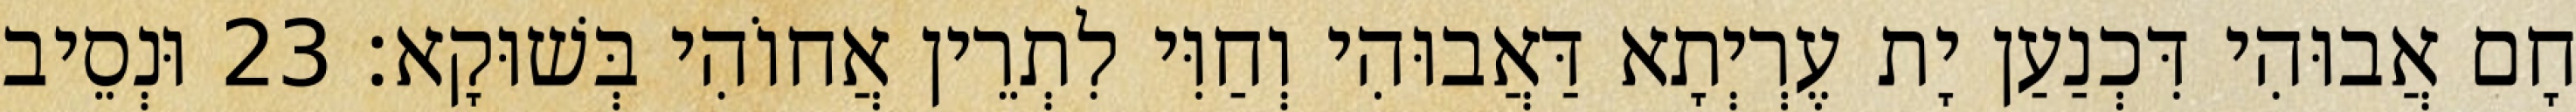
חָם אֲבוּהִי דִּכְנַעַן יָת עֶרְיְתָא דַּאֲבוּהִי וְחַוִּי לִתְרֵין אֲחוֹהִי בְּשׁוּקָא׃ 23 וּנְסֵיב